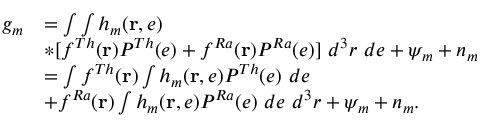
\begin{array} { r l } { g _ { m } } & { = \int \int h _ { m } ( \mathbf { r } , e ) } \\ & { * [ f ^ { T h } ( \mathbf { r } ) P ^ { T h } ( e ) + f ^ { R a } ( \mathbf { r } ) P ^ { R a } ( e ) ] ~ d ^ { 3 } r ~ d e + \psi _ { m } + n _ { m } } \\ & { = \int f ^ { T h } ( \mathbf { r } ) \int h _ { m } ( \mathbf { r } , e ) P ^ { T h } ( e ) ~ d e } \\ & { + f ^ { R a } ( \mathbf { r } ) \int h _ { m } ( \mathbf { r } , e ) P ^ { R a } ( e ) ~ d e ~ d ^ { 3 } r + \psi _ { m } + n _ { m } . } \end{array}